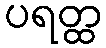
ပရတ္ထ